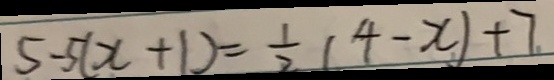
5 - 5 ( x + 1 ) = \frac { 1 } { 2 } ( 4 - x ) + 7